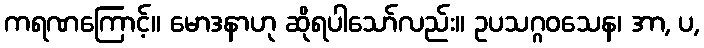
ကရဏကြောင့်။ မောဒနာဟု ဆိုရပါသော်လည်း။ ဥပသဂ္ဂဝသေန၊ အာ, ပ,